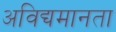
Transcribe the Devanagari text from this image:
अविद्यमानता